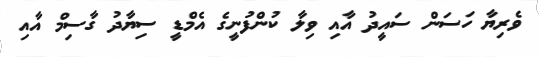
ވެރިޔާ ހަސަން ސައީދު އާއި ވިލާ ކުންފުނީގެ އެމްޑީ ސިޔާދު ގާސިމް އާއި